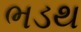
ભડથ